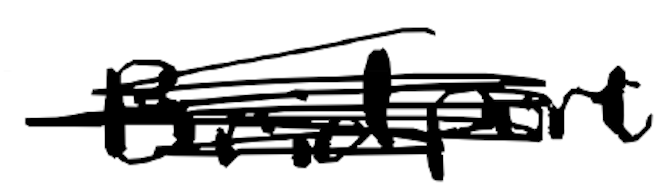
Text: Bridport
Cross-out: scratch
Writing tool: digital_black